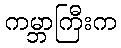
ကမ္ဘာကြီးက